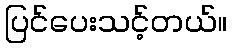
ပြင်ပေးသင့်တယ်။